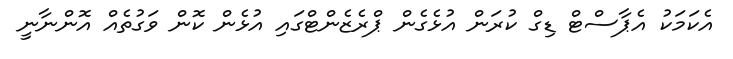
އެކަމަކު އެޕާސްޓް ޑިގް ކުރަން އުޅެގެން ޕްރެޒެންޓްގައި އުޅެން ކޮން ވަގުތެއް އޮންނާނީ